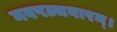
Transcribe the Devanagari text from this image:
नवपञ्चवारम्।